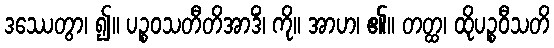
ဒဿေတွာ၊ ၍။ ပဉ္စဝသတီတိအာဒိံ၊ ကို။ အာဟ၊ ၏။ တတ္ထ၊ ထိုပဉ္စဝီသတိ